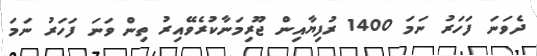
ދެވަނަ ފަހަރު ނަމަ 1400 ރުފިޔާއިން ޖޫރިމަނާކުރެވޭއިރު ތިން ވަނަ ފަހަރު ނަމަ